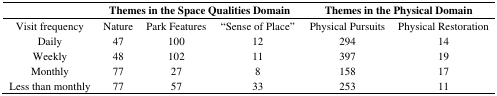
|  | <COLSPAN=3> Themes in the Space Qualities Domain | <COLSPAN=2> Themes in the Physical Domain |
 | --- | --- | --- | --- | --- | --- |
 | Visit frequency | Nature | Park Features | “Sense of Place” | Physical Pursuits | Physical Restoration |
 | Daily | 47 | 100 | 12 | 294 | 14 |
 | Weekly | 48 | 102 | 11 | 397 | 19 |
 | Monthly | 77 | 27 | 8 | 158 | 17 |
 | Less than monthly | 77 | 57 | 33 | 253 | 11 |